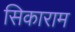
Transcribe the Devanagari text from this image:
सिकाराम